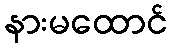
နားမထောင်